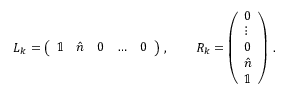
L _ { k } = \left( \begin{array} { l l l l l } { \mathbb { 1 } } & { \hat { n } } & { 0 } & { \ldots } & { 0 } \end{array} \right) \, , \qquad R _ { k } = \left( \begin{array} { l } { 0 } \\ { \vdots } \\ { 0 } \\ { \hat { n } } \\ { \mathbb { 1 } } \end{array} \right) \, .